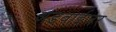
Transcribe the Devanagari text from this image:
अडवाईजर